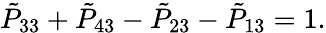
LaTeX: {\tilde{P}}_{33}+{\tilde{P}}_{43}-{\tilde{P}}_{23}-{\tilde{P}}_{13}=1.